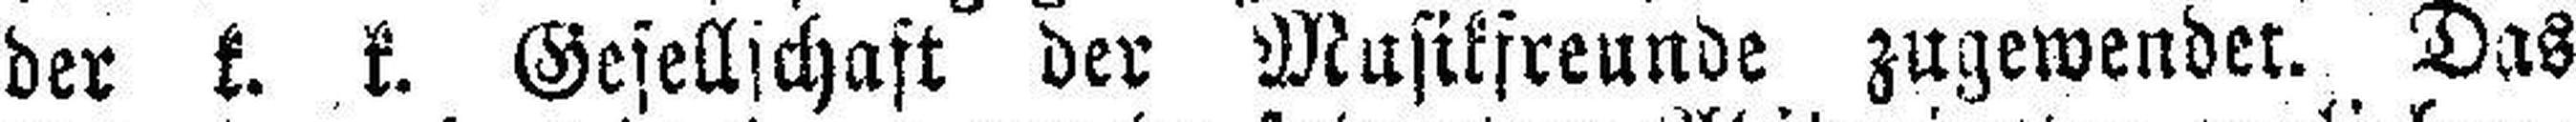
der k. k. Gesellschaft der Musikfreunde zugewendet. Das